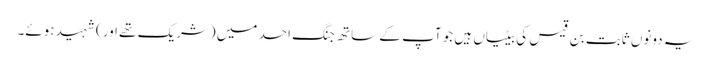
یہ دونوں ثابت بن قیس کی بیٹیاں ہیں جو آپ کے ساتھ جنگ احد میں (شریک تھے اور) شہید ہوئے۔